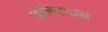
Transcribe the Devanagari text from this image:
डॉलहाउस